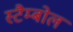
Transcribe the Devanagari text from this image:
स्टैम्बोल